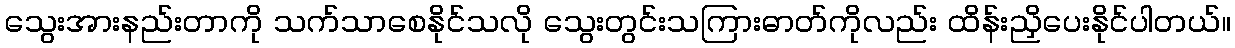
သွေးအားနည်းတာကို သက်သာစေနိုင်သလို သွေးတွင်းသကြားဓာတ်ကိုလည်း ထိန်းညှိပေးနိုင်ပါတယ်။